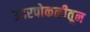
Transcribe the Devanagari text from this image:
उदरपोकळीतून